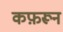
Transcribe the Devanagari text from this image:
कफ़रून